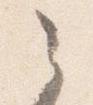
之